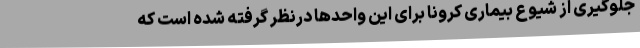
جلوگیری از شیوع بیماری کرونا برای این واحدها درنظر گرفته شده است که